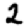
Digit: 2